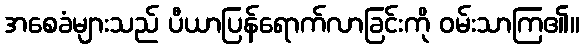
အစေခံများသည် ပီယာပြန်ရောက်လာခြင်းကို ဝမ်းသာကြ၏။